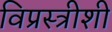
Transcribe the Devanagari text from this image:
विप्रस्त्रीशी